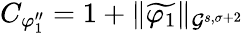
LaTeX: C_{\varphi_{1}^{\prime\prime}}=1+\| \widetilde{\varphi_{1}}\| _{\mathcal{G}^{s,\sigma+2}}